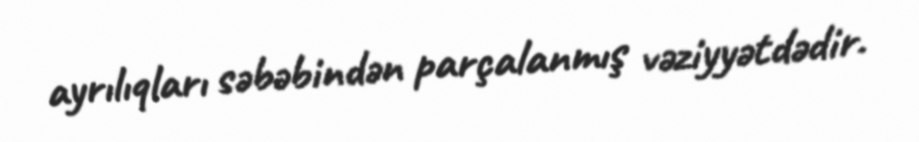
ayrılıqları səbəbindən parçalanmış vəziyyətdədir.